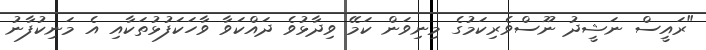
"ރައީސް ނަޝީދު ނޫސްވެރިކަމުގެ މިނިވަން ކަމޭ ވިދާޅުވެ ދައްކަވާ ވާހަކަފުޅުތަކާއި އެ މަނިކުފާނު